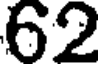
62